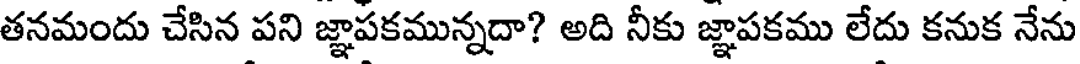
తనమందు చేసిన పని జ్ఞాపకమున్నదా? అది నీకు జ్ఞాపకము లేదు కనుక నేను